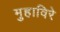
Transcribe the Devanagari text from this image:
मुहाविरे